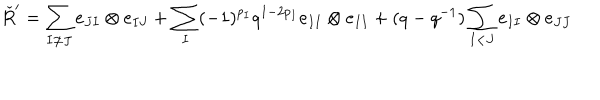
LaTeX: \check { R } ^ { \prime } = \sum _ { I \neq J } e _ { J I } \otimes e _ { I J } + \sum _ { I } ( - 1 ) ^ { p _ { I } } q ^ { 1 - 2 p _ { I } } e _ { I I } \otimes e _ { I I } + ( q - q ^ { - 1 } ) \sum _ { I < J } e _ { I I } \otimes e _ { J J }